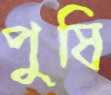
পুষি